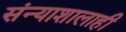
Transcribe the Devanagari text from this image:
संन्याशालाही